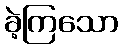
ခဲ့ကြသော